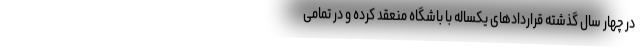
در چهار سال گذشته قراردادهای یکساله با باشگاه منعقد کرده و در تمامی